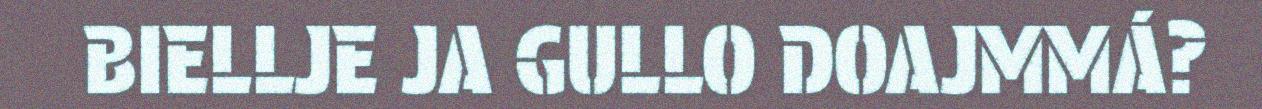
BIELLJE JA GULLO DOAJMMÁ?